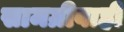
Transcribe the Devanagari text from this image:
सामग्रीवाही